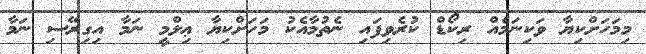
މިމަހަށްކިޔާ ވަކިނަމެއް ރިކޯޑް ކުރެވިފައި ނެތުމާއެކު މަހަށްކިޔާ ޢިލްމީ ނަމާ އިގިރޭސި ނަމާ